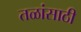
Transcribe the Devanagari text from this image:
तळांसाठी